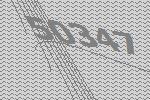
50347